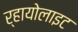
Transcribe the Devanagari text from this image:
र्हायोलाइट